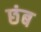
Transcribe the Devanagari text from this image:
छंब